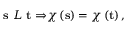
{ \bf s \ } { \cal L \ } { \bf t \Rightarrow } \chi \left( { \bf s } \right) = \chi \left( { \bf t } \right) ,